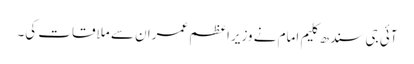
آئی جی سندھ کلیم امام نے وزیراعظم عمران سے ملاقات کی۔